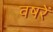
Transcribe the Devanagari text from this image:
वषरें